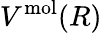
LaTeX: V^{\mathrm{mol}}(R)